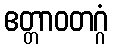
ဧတ္တာဝတဂ္ဂံ